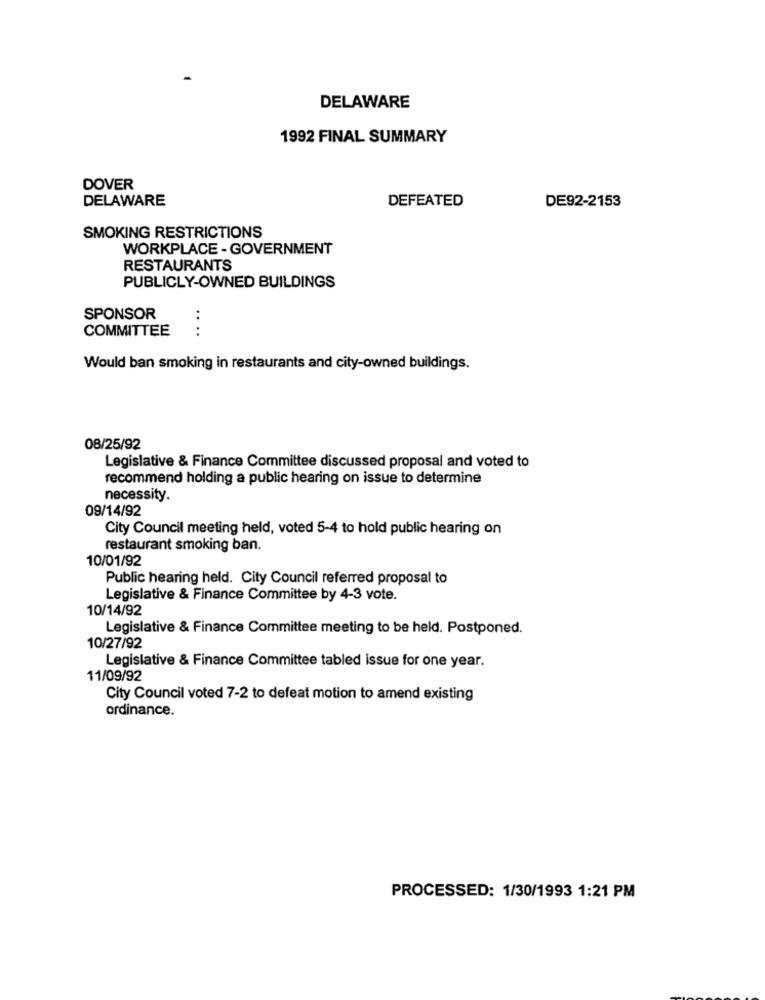
DELAWARE
1992 FINAL SUMMARY
DOVER
DELAWARE
DEFEATED
DE92-2153
SMOKING RESTRICTIONS
WORKPLACE - GOVERNMENT
RESTAURANTS
PUBLICLY-OWNED BUILDINGS
SPONSOR
COMMITTEE
....
Would ban smoking in restaurants and city-owned buildings.
08/25/92
Legislative & Finance Committee discussed proposal and voted to
recommend holding a public hearing on issue to determine
necessity.
09/14/92
City Council meeting held, voted 5-4 to hold public hearing on
restaurant smoking ban.
10/01/92
Public hearing held. City Council referred proposal to
Legislative & Finance Committee by 4-3 vote.
10/14/92
Legislative & Finance Committee meeting to be held. Postponed.
10/27/92
Legislative & Finance Committee tabled issue for one year.
11/09/92
City Council voted 7-2 to defeat motion to amend existing
ordinance.
PROCESSED: 1/30/1993 1:21 PM